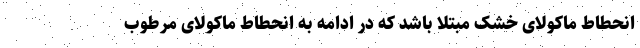
انحطاط ماکولای خشک مبتلا باشد که در ادامه به انحطاط ماکولای مرطوب